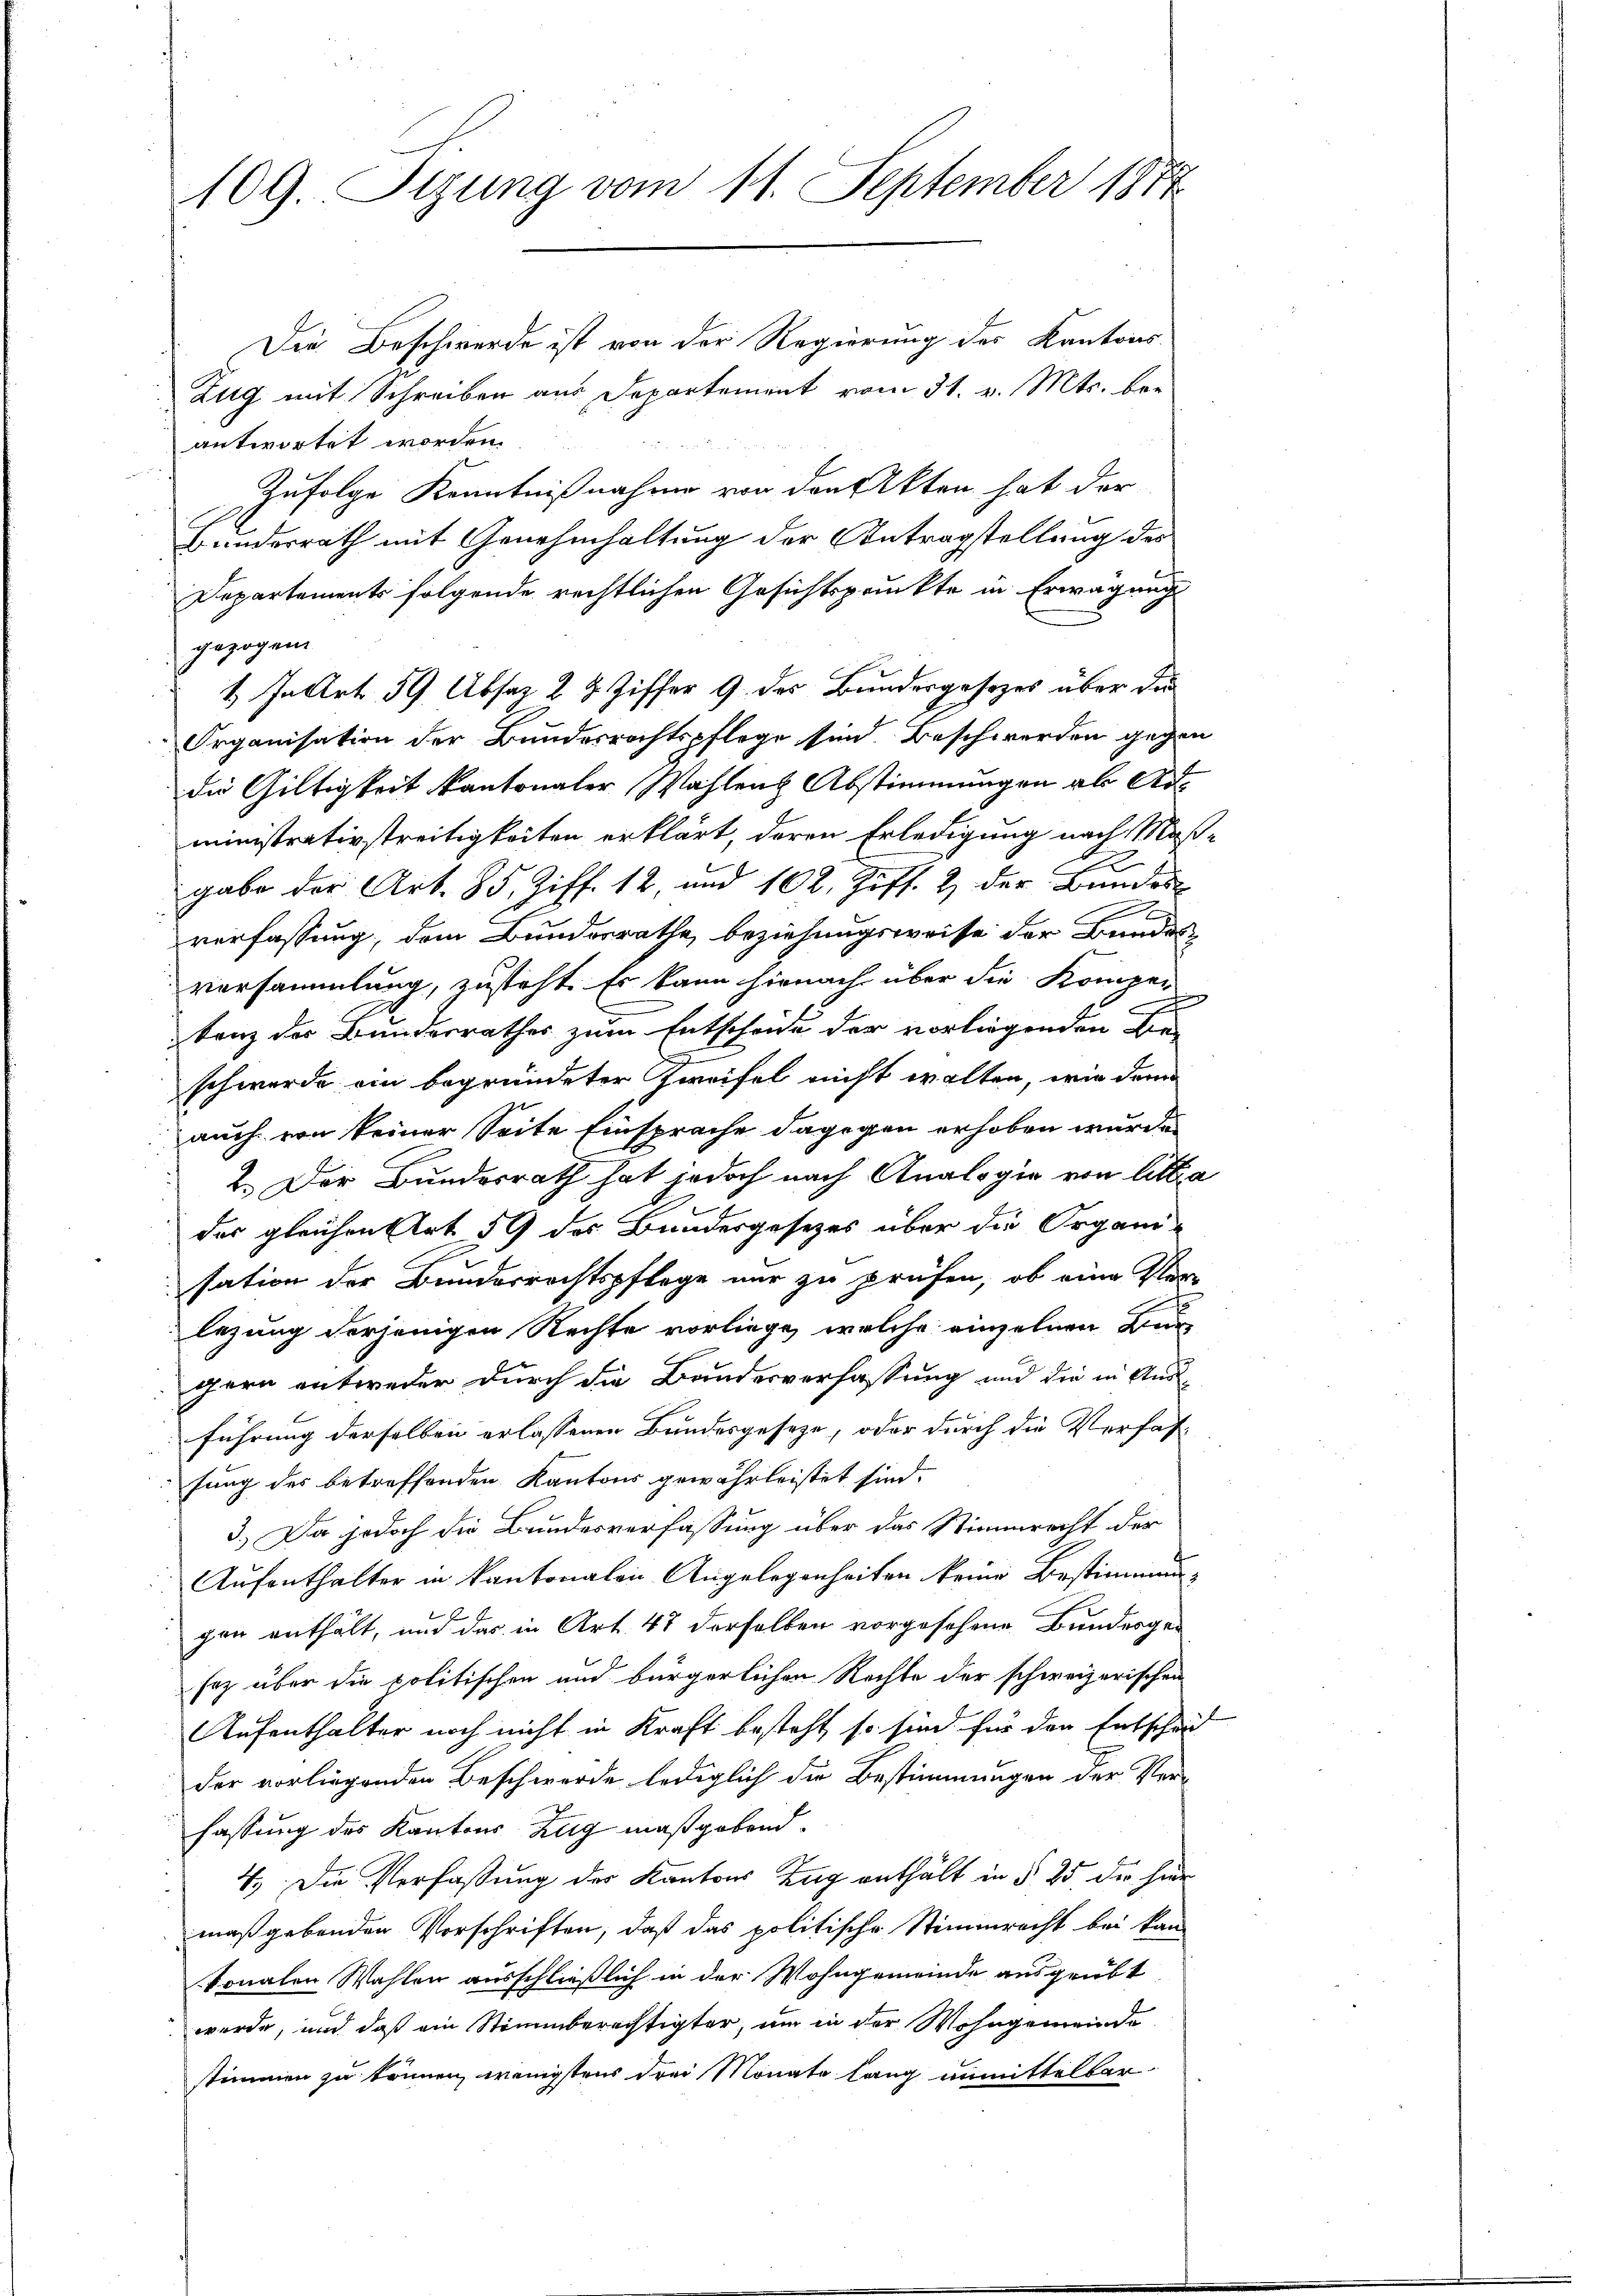
109. Sitzung vom 11. September 1877

Die Beschwerde ist von der Regierung des Kantons
Zug mit Schreiben aus Departement vom 31. v. Mts. beantwortet worden.
Zufolge Kenntnißnahme von den Akten hat der
Hundesrath mit Genehmhaltung der Antragstellung des
Departements folgende rechtlichen Gesichtspruckte in Erwägung
gezogen
1. In Art. 59 Absaz 2 2 Ziffer 9. des Bundergesezes über die
Organisation der Bundesrechtspflege sind. Beschwerden gegen
die Gültigkeit kantonaler Wahlen Abstimmungen ab Administrativstreitigkeiten erklärt, deren Erledigung nach Maßgabe der Art. 85. Ziff. 12, und 102, Ziff. 2 der Bundes
verfassung, dem Bundesrathe beziehungsweise der Bundes
versammlung, zusteht. Es kann hienach über die Komper
tenz der Bundesrathes zum Entscheide der vorliegenden Die-
schwerde ein begründeter Zweifel nicht walten, wie dem
auch von keiner Seite Einsprache dagegen erhoben wurde
2. Der Bundesrath hat jedoch nach Analogie von litta
der gleichen Art. 59 des Bundesgesetzes über die Organi-
sation der Bundesrechtspflege nur zu prüfen, ob eine Per-
lezung derjenigen Rechte vorliege, welche einzelnen Bur
gern entweder durch die Bundesverfassung und die in Ausführung derselben erlassenen Bundesgeseze, oder durch die Verfassung des betreffenden Kantons gewährleistet sind.
3.) Da jedoch die Bundesverfassung über das Stimmrecht der
Aufenthalter in kantonalen Angelegenheiten keine Bestimmung
gen enthält, und das in Art. 47 derselben vorgesehene Bundesger
soz über die politischen und bürgerlichen Rechte der schweizerischen
Aufenthalter noch nicht in Kraft besteht, so sind für den Entscheid
der vorliegenden Beschwerde lediglich die Bestimmungen der Ver-
fassung des Kantons Zug maßgebend.
4.) Die Verfassung der Kantons Zug enthält in § 25 der hier
maßgebenden Vorschriften, daß das politische Stimmrecht bei kan-
Vonalen Wahlen ausschließlich in der Wohngemeinde ausgeübt
wurde, und daß ein Stimmberechtigter, um in der Wohngemeinde
stimmen zu können, wenigstens drei Monate lang unmittelbar